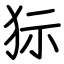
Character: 狋